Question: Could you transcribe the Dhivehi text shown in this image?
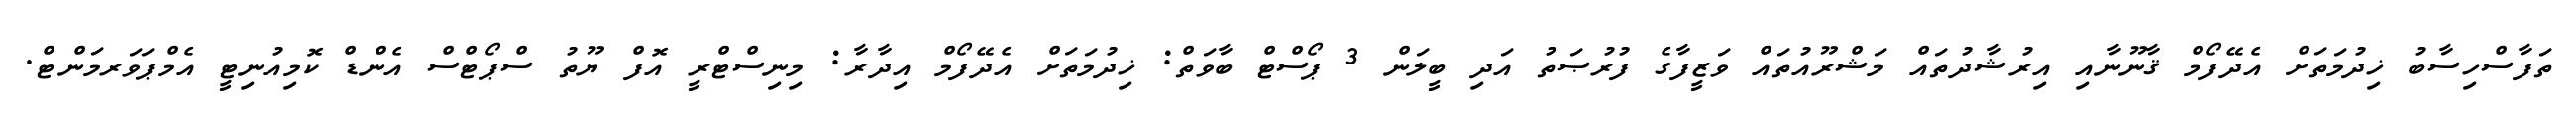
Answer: ތަފާސްހިސާބު ޚިދުމަތަށް އެދޭފޯމް ޤާނޫނާއި އިރުޝާދުތައް މަޝްރޫއުތައް ވަޒީފާގެ ފުރުޞަތު އަދި ބީލަން 3 ޕޯސްޓް ބާވަތް: ޚިދުމަތަށް އެދޭފޯމް އިދާރާ: މިނިސްޓްރީ އޮފް ޔޫތު ސްޕޯޓްސް އެންޑް ކޮމިއުނިޓީ އެމްޕަވަރމަންޓް.